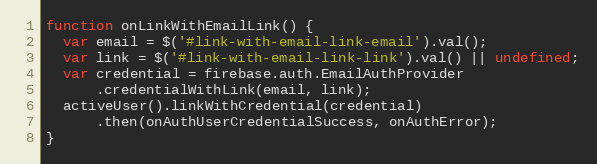
Language: JavaScript
function onLinkWithEmailLink() {
  var email = $('#link-with-email-link-email').val();
  var link = $('#link-with-email-link-link').val() || undefined;
  var credential = firebase.auth.EmailAuthProvider
      .credentialWithLink(email, link);
  activeUser().linkWithCredential(credential)
      .then(onAuthUserCredentialSuccess, onAuthError);
}